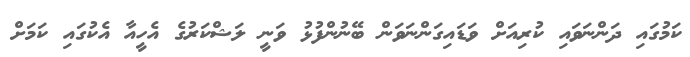
ކަމުގައި ދަންނަވައި ކުރިއަށް ވަޑައިގަންނަވަން ބޭނުންފުޅު ވަނީ ލަޝްކަރުގެ އެހީއާ އެކުގައި ކަމަށް